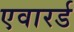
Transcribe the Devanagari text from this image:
एवारर्ड